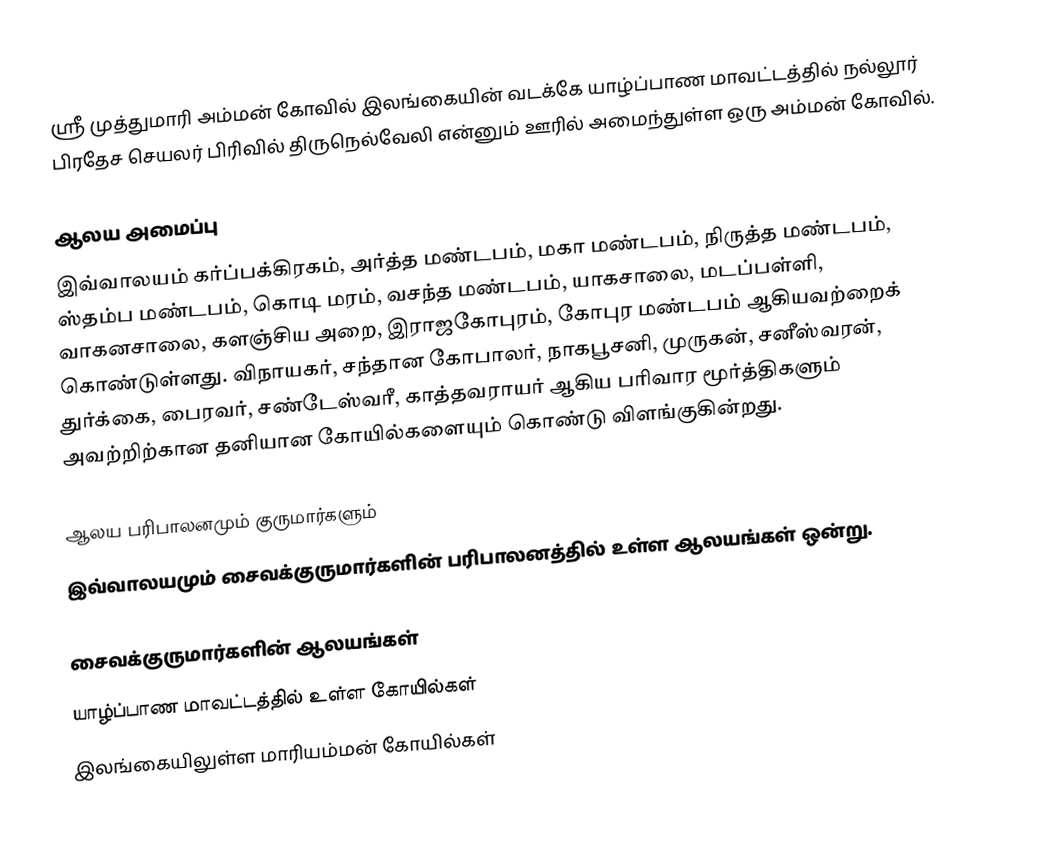
ஸ்ரீ முத்துமாரி அம்மன் கோவில் இலங்கையின் வடக்கே யாழ்ப்பாண மாவட்டத்தில் நல்லூர் பிரதேச செயலர் பிரிவில் திருநெல்வேலி என்னும் ஊரில் அமைந்துள்ள ஒரு அம்மன் கோவில்.

ஆலய அமைப்பு
இவ்வாலயம் கர்ப்பக்கிரகம், அர்த்த மண்டபம், மகா மண்டபம், நிருத்த மண்டபம், ஸ்தம்ப மண்டபம், கொடி மரம், வசந்த மண்டபம், யாகசாலை, மடப்பள்ளி, வாகனசாலை, களஞ்சிய அறை, இராஜகோபுரம், கோபுர மண்டபம் ஆகியவற்றைக் கொண்டுள்ளது. விநாயகர், சந்தான கோபாலர், நாகபூசனி, முருகன், சனீஸ்வரன், துர்க்கை, பைரவர், சண்டேஸ்வரீ, காத்தவராயர் ஆகிய பரிவார மூர்த்திகளும் அவற்றிற்கான தனியான கோயில்களையும் கொண்டு விளங்குகின்றது.

ஆலய பரிபாலனமும் குருமார்களும்
இவ்வாலயமும் சைவக்குருமார்களின் பரிபாலனத்தில் உள்ள ஆலயங்கள் ஒன்று.

சைவக்குருமார்களின் ஆலயங்கள்
யாழ்ப்பாண மாவட்டத்தில் உள்ள கோயில்கள்
இலங்கையிலுள்ள மாரியம்மன் கோயில்கள்